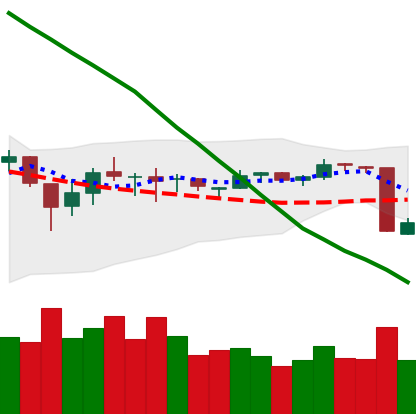
Ticker: EOS-USD
Chart end date: 2018-10-12
Forward return: 4.486%
Label: up_3_5